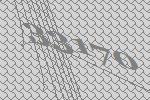
33170